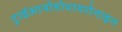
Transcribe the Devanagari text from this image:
ट्राईआयोडोथायरोनाइन